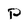
Character: P